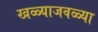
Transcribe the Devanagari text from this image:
खळ्याजवळ्या